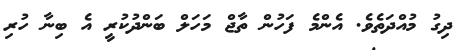
ދިގު މުއްދަތެވެ. އެންމެ ފަހުން ތާޖް މަހަލް ބަންދުކުރީ އެ ބިނާ ހުރި